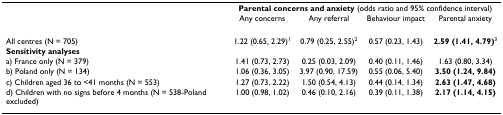
<table><thead><tr><td></td><td colspan="4"><b>Parental concerns and anxiety (odds ratio and 95% confidence interval)</b></td></tr><tr><td></td><td><b>Any concerns</b></td><td><b>Any referral</b></td><td><b>Behaviour impact</b></td><td><b>Parental anxiety</b></td></tr></thead><tbody><tr><td>All centres (N = 705)</td><td>1.22 (0.65, 2.29)<sup>1</sup></td><td>0.79 (0.25, 2.55)<sup>2</sup></td><td>0.57 (0.23, 1.43)</td><td><b>2.59 (1.41, 4.79)</b><sup>3</sup></td></tr><tr><td colspan="5"><b>Sensitivity analyses</b></td></tr><tr><td>a) France only (N = 379)</td><td>1.41 (0.73, 2.73)</td><td>0.25 (0.03, 2.09)</td><td>0.40 (0.11, 1.46)</td><td>1.63 (0.80, 3.34)</td></tr><tr><td>b) Poland only (N = 134)</td><td>1.06 (0.36, 3.05)</td><td>3.97 (0.90, 17.59)</td><td>0.55 (0.06, 5.40)</td><td><b>3.50 (1.24, 9.84)</b></td></tr><tr><td>c) Children aged 36 to &lt;41 months (N = 553)</td><td>1.27 (0.73, 2.22)</td><td>1.50 (0.54, 4.13)</td><td>0.44 (0.14, 1.34)</td><td><b>2.63 (1.47, 4.68)</b></td></tr><tr><td>d) Children with no signs before 4 months (N = 538-Poland excluded)</td><td>1.00 (0.98, 1.02)</td><td>0.46 (0.10, 2.16)</td><td>0.39 (0.11, 1.38)</td><td><b>2.17 (1.14, 4.15)</b></td></tr></tbody></table>